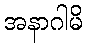
အနာဂါမိ